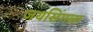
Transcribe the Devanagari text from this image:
जयसिंगला